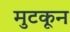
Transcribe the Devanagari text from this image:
मुटकून